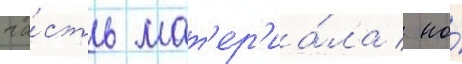
ча́сть мат'ер'иа́ла / но́